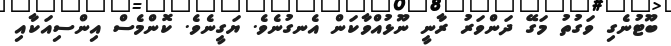
ބޫޓުނެގި ވަގުތު މަގޭ ދަންވަރު ރާނީ ނޫޅުއްވާކަން އެނގުނެވެ. ޔަގީނެވެ. ކޮންމެސް އިންސިއަކާއި